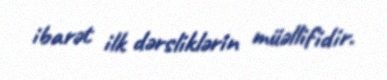
ibarət ilk dərsliklərin müəllifidir.